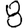
Digit: 8